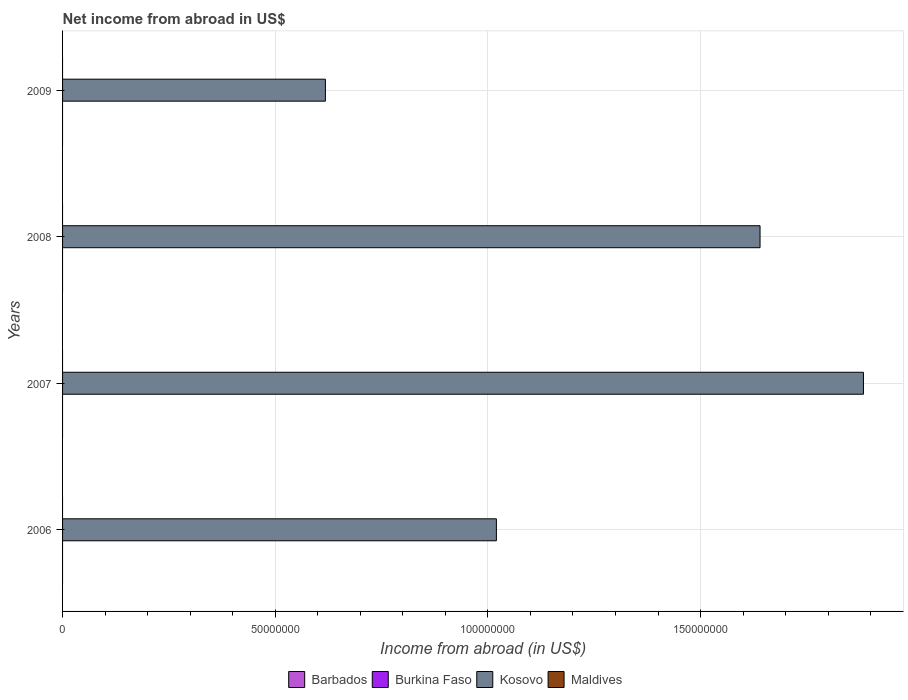
| Years | Barbados | Burkina Faso | Kosovo | Maldives |
 | --- | --- | --- | --- | --- |
 | 2006 | -5.13e+08 | -1.23e+09 | 1.02e+08 | -5.21e+08 |
 | 2007 | -3.76e+08 | -8.47e+09 | 1.88e+08 | -3.06e+09 |
 | 2008 | -4.92e+08 | -9.84e+09 | 1.64e+08 | -3.71e+09 |
 | 2009 | -3.8e+08 | -1.25e+10 | 6.18e+07 | -3.49e+09 |